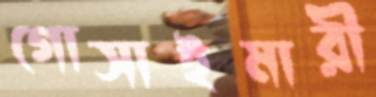
গোসাইমারী